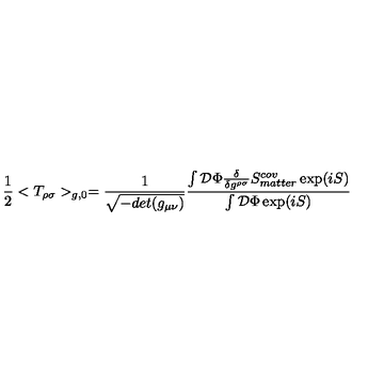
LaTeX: { \frac { 1 } { 2 } } < T _ { \rho \sigma } > _ { g , 0 } = { \frac { 1 } { \sqrt { - d e t ( g _ { \mu \nu } ) } } } \frac { \int { \cal D } \Phi { \frac { \delta } { \delta g ^ { \rho \sigma } } } S _ { m a t t e r } ^ { c o v } \exp ( i S ) } { \int { \cal D } \Phi \exp ( i S ) }